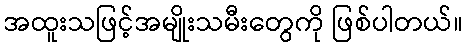
အထူးသဖြင့်အမျိုးသမီးတွေကို ဖြစ်ပါတယ်။